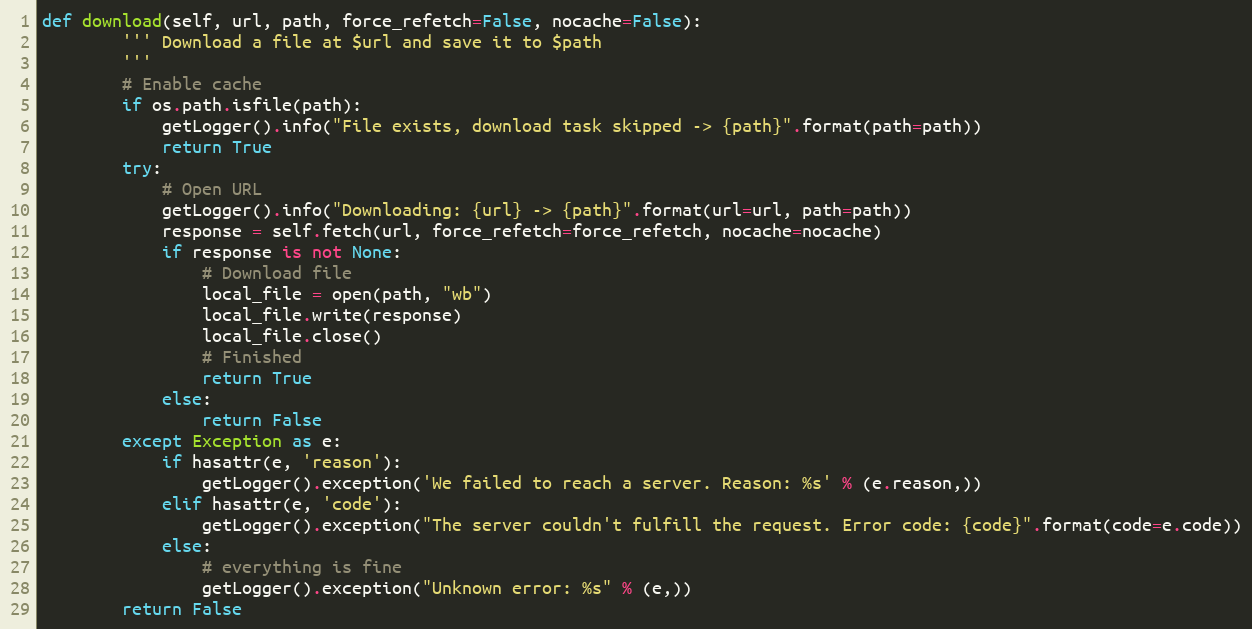
Language: Python
def download(self, url, path, force_refetch=False, nocache=False):
        ''' Download a file at $url and save it to $path
        '''
        # Enable cache
        if os.path.isfile(path):
            getLogger().info("File exists, download task skipped -> {path}".format(path=path))
            return True
        try:
            # Open URL
            getLogger().info("Downloading: {url} -> {path}".format(url=url, path=path))
            response = self.fetch(url, force_refetch=force_refetch, nocache=nocache)
            if response is not None:
                # Download file
                local_file = open(path, "wb")
                local_file.write(response)
                local_file.close()
                # Finished
                return True
            else:
                return False
        except Exception as e:
            if hasattr(e, 'reason'):
                getLogger().exception('We failed to reach a server. Reason: %s' % (e.reason,))
            elif hasattr(e, 'code'):
                getLogger().exception("The server couldn't fulfill the request. Error code: {code}".format(code=e.code))
            else:
                # everything is fine
                getLogger().exception("Unknown error: %s" % (e,))
        return False